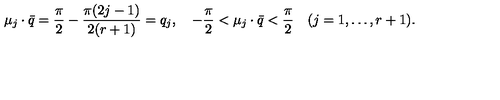
\mu _ { j } \cdot \bar { q } = { \frac { \pi } { 2 } } - { \frac { \pi ( 2 j - 1 ) } { 2 ( r + 1 ) } } = q _ { j } , \quad - { \frac { \pi } { 2 } } < \mu _ { j } \cdot \bar { q } < { \frac { \pi } { 2 } } \quad ( j = 1 , \ldots , r + 1 ) .